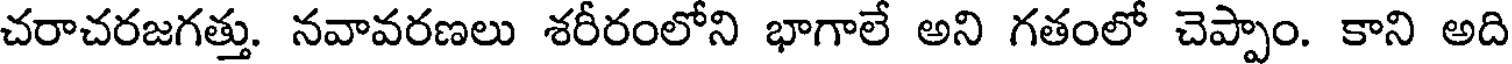
చరాచరజగత్తు. నవావరణలు శరీరంలోని భాగాలే అని గతంలో చెప్పాం. కాని అది